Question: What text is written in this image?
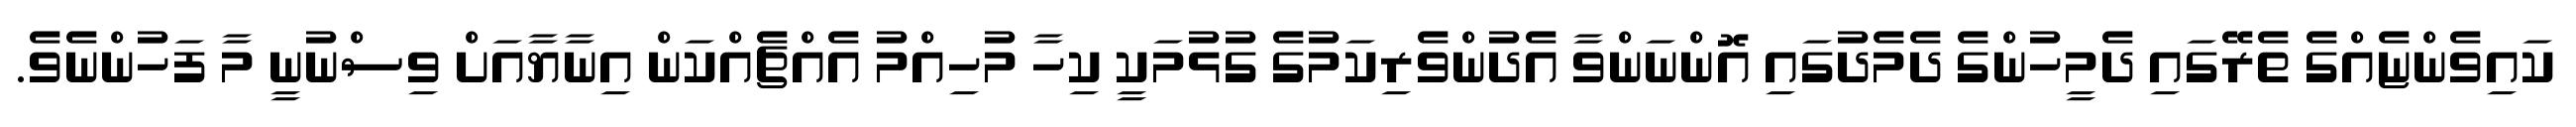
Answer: ކައިވެންޏެއްގެ ތެރޭގައި ދެމީހުންގެ ދެމެދުގައި އޮންނަންވާ އެދުންވެރިކަމުގެ ގުޅުމަކީ ކިހާ މުހިއްމު އެއްޗެއްކަން އިނާޔާއަށް ވިސްނުނީ މާ ފަހުންނެވެ.